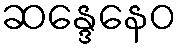
ဆန္ဒေနေဝ